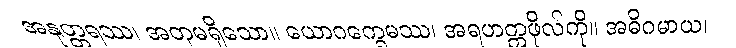
အနုတ္တရဿ၊ အတုမရှိသော။ ယောဂက္ခေမဿ၊ အရဟတ္တဖိုလ်ကို။ အဓိဂမာယ၊